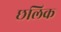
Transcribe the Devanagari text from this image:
छलिक